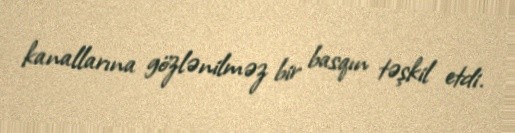
kanallarına gözlənilməz bir basqın təşkil etdi.